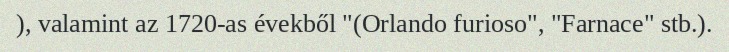
), valamint az 1720-as évekből "(Orlando furioso", "Farnace" stb.).